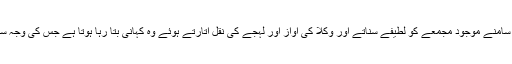
نوجوان ڈاکٹر بینچ پر کھڑا ہوکر اپنے سامنے موجود مجمعے کو لطیفے سناتے اور وکلا کی آواز اور لہجے کی نقل اتارتے ہوئے وہ کہانی بتا رہا ہوتا ہے جس کی وجہ سے اس پورے معاملے کا آغاز ہوا تھا۔